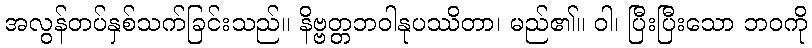
အလွန်တပ်နှစ်သက်ခြင်းသည်။ နိဗ္ဗတ္တဘဝါနုပဿိတာ၊ မည်၏။ ဝါ၊ ပြီးပြီးသော ဘဝကို